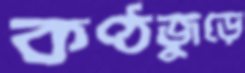
কণ্ঠজুড়ে